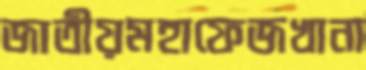
জাতীয়মহাফেজখানা